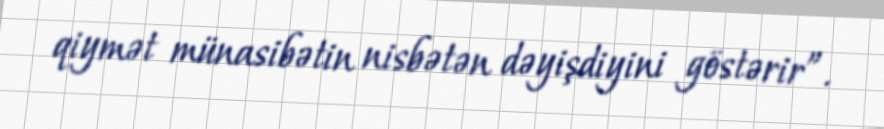
qiymət münasibətin nisbətən dəyişdiyini göstərir”.